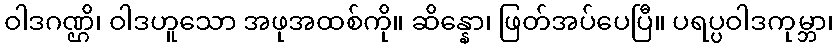
ဝါဒဂဏ္ဌိ၊ ဝါဒဟူသော အဖုအထစ်ကို။ ဆိန္နော၊ ဖြတ်အပ်ပေပြီ။ ပရပ္ပဝါဒကုမ္ဘာ၊